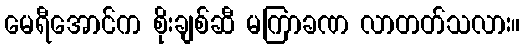
မေရီအောင်က စိုးချစ်ဆီ မကြာခဏ လာတတ်သလား။